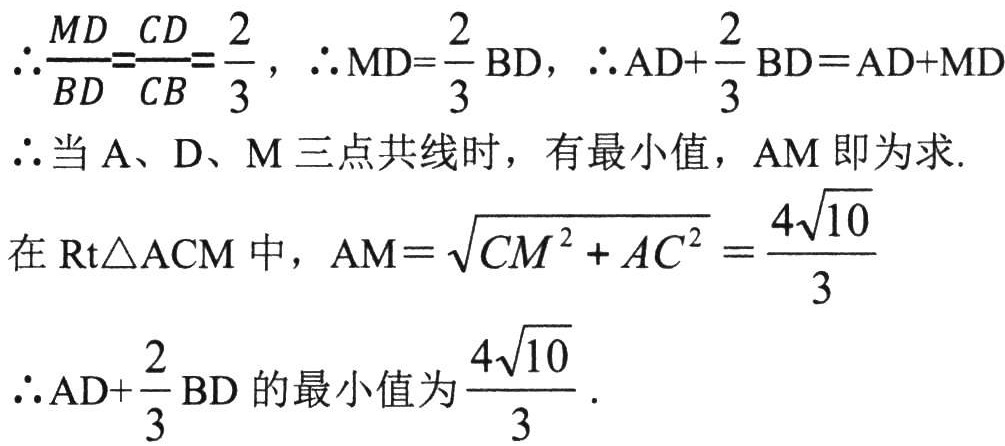
\(\therefore\frac{MD}{BD}=\frac{CD}{CB}=\frac{2}{3}\)，\(\therefore \mathrm{MD}=\frac{2}{3}\mathrm{BD}\)，\(\therefore \mathrm{AD}+\frac{2}{3}\mathrm{BD}=\mathrm{AD}+\mathrm{MD}\)
\(\therefore\)当\(\mathrm{A}、\mathrm{D}、\mathrm{M}\)三点共线时，有最小值，\(\mathrm{AM}\)即为求.
在\(\mathrm{Rt}\triangle \mathrm{ACM}\)中，\(\mathrm{AM}=\sqrt{CM^{2}+AC^{2}}=\frac{4\sqrt{10}}{3}\)
\(\therefore \mathrm{AD}+\frac{2}{3}\mathrm{BD}\)的最小值为\(\frac{4\sqrt{10}}{3}\).